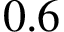
0 . 6